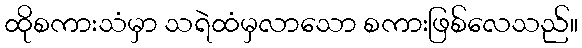
ထိုစကားသံမှာ သရဲထံမှလာသော စကားဖြစ်လေသည်။